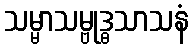
သမ္မာသမ္ဗုဒ္ဓသာသနံ